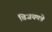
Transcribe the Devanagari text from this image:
विजयपत्रे